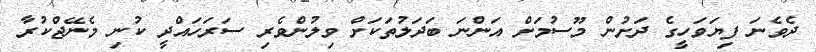
ދެވެނަ ފިޔަވަހީގެ ދަށުން މޫސުމަށް އަންނަ ބަދަލުތަކަށް ވިލުންވެރި ސަރަހައްދީ ކުނި މެނޭޖްކުރާ